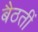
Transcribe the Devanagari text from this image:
बैठतीं